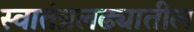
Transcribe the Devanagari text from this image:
स्वातंत्रलढ्यातील